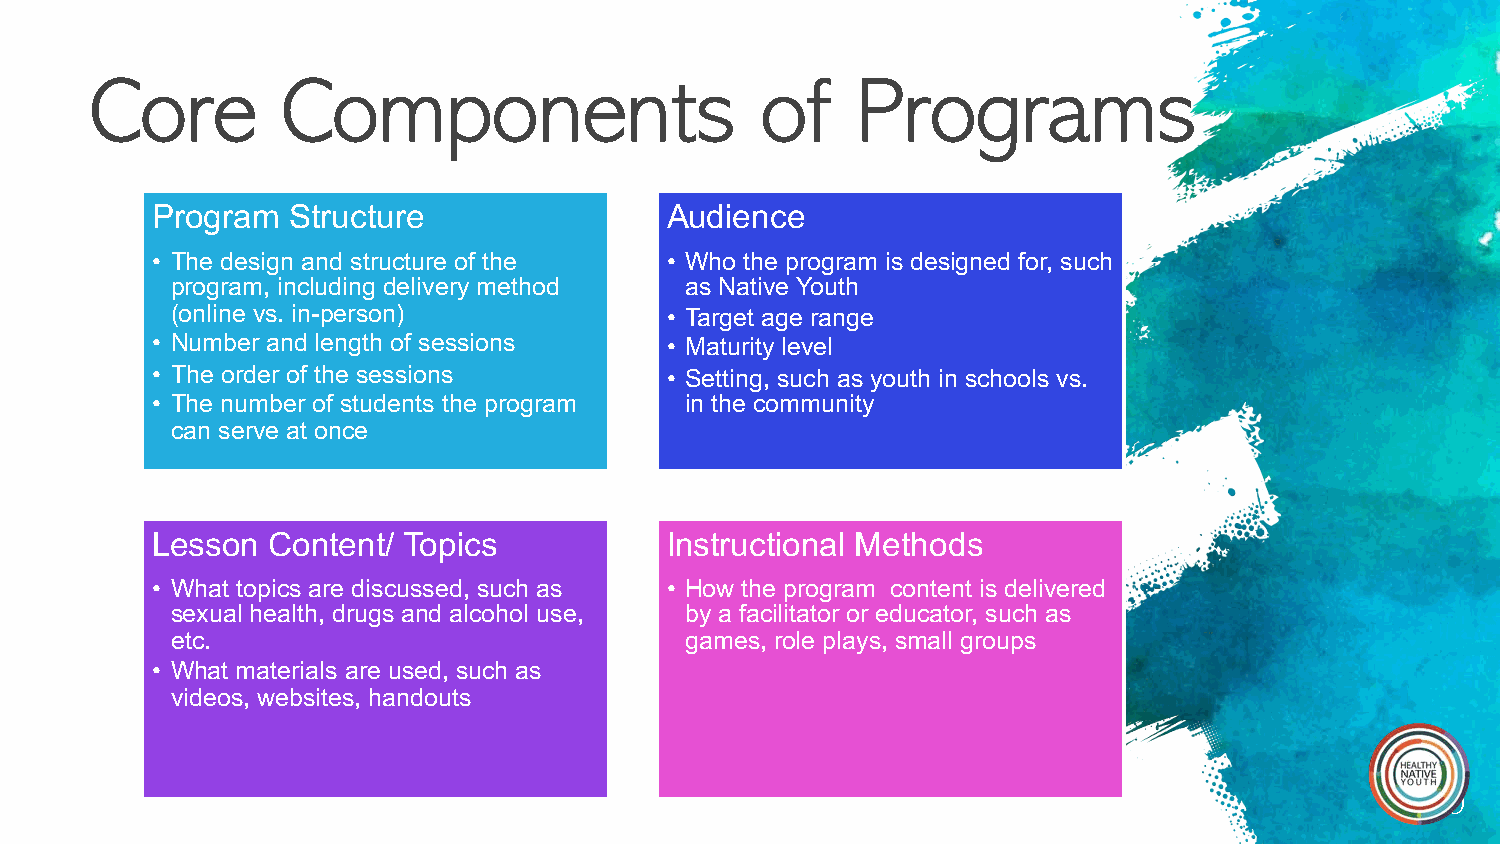
Core         Components                     of     Programs
 Program  Structure                Audience
 • The design and structure of the • Who the program is designed for, such
 program, including delivery method as Native Youth
 (online vs. in-person)           • Target age range
 • Number and length of sessions   • Maturity level
 • The order of the sessions       • Setting, such as youth in schools vs.
 • The number of students the program in the community
 can serve at once
 Lesson  Content/ Topics           Instructional Methods
 • What topics are discussed, such as • How the program content is delivered
 sexual health, drugs and alcohol use, by a facilitator or educator, such as
 etc.                              games, role plays, small groups
 • What materials are used, such as
 videos, websites, handouts
 20